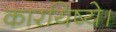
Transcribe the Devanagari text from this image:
कारयिष्ये।